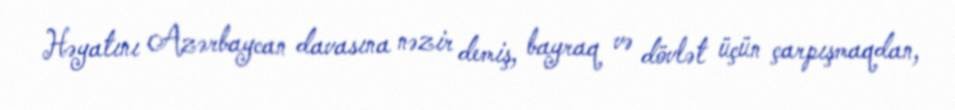
Həyatını Azərbaycan davasına nəzir demiş, bayraq və dövlət üçün çarpışmaqdan,